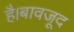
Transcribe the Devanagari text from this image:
है।बावजूद